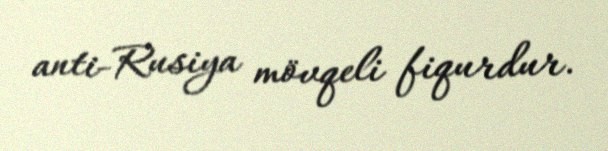
anti-Rusiya mövqeli fiqurdur.